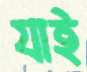
যাই